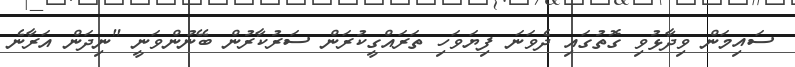
ސައިމަން ވިދާޅުވި ގޮތުގައި ދެވަނަ ފިޔަވަހި ތަރައްގީކުރަން ސަރުކާރުން ބޭނުންވަނީ "ނިދަން އަރާނެ